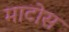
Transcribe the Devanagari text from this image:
माटोस